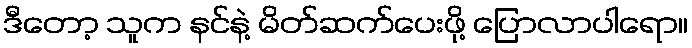
ဒီတော့ သူက နင်နဲ့ မိတ်ဆက်ပေးဖို့ ပြောလာပါရော။